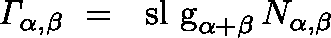
\mathit { \Gamma } _ { \alpha , \beta } ~ = ~ \mathrm { \ s l ~ g } _ { \alpha + \beta } \, N _ { \alpha , \beta }